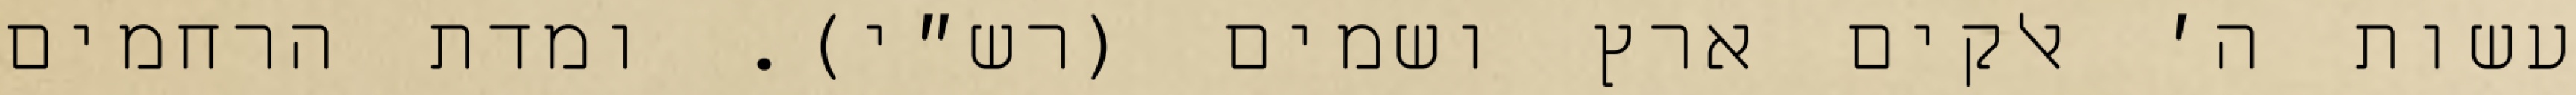
עשות ה׳ אלקים ארץ ושמים (רש״י). ומדת הרחמים